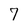
Character: 7